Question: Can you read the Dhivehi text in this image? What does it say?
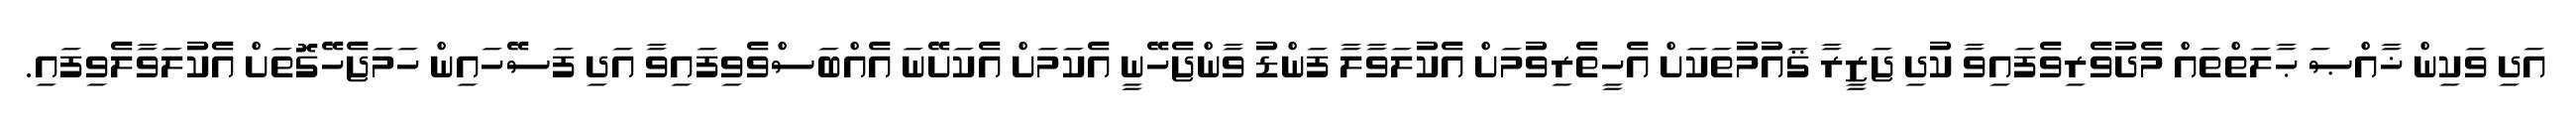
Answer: އަދި ވަކިން ޚާއްޞަ ޙާލަތްތައް މެދުވެރިވެފައިވާ ކުދި ޖަޒީރާ ޤައުމުތަކަށް އެހީތެރިވުމަށް އެކުލަވާލާ ފަންޑު ވާންޖެހޭނީ އެކަމަށް އެކަށޭނަ އެއްބަސްވެވިފައިވާ އަދި ފަސޭހައިން ހަމަޖެހޭގޮތަށް އެކުލަވާލެވިފައި.